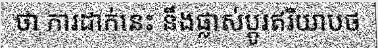
ថា ការដាក់នេះ នឹងផ្លាស់ប្តូរឥរិយាបថ